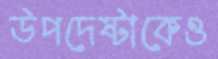
উপদেষ্টাকেও